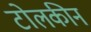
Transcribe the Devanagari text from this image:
टोलकीन